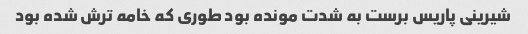
شیرینی پاریس برست به شدت مونده بود طوری که خامه ترش شده بود